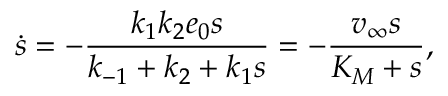
\dot { s } = - \frac { k _ { 1 } k _ { 2 } e _ { 0 } s } { k _ { - 1 } + k _ { 2 } + k _ { 1 } s } = - \frac { v _ { \infty } s } { K _ { M } + s } ,